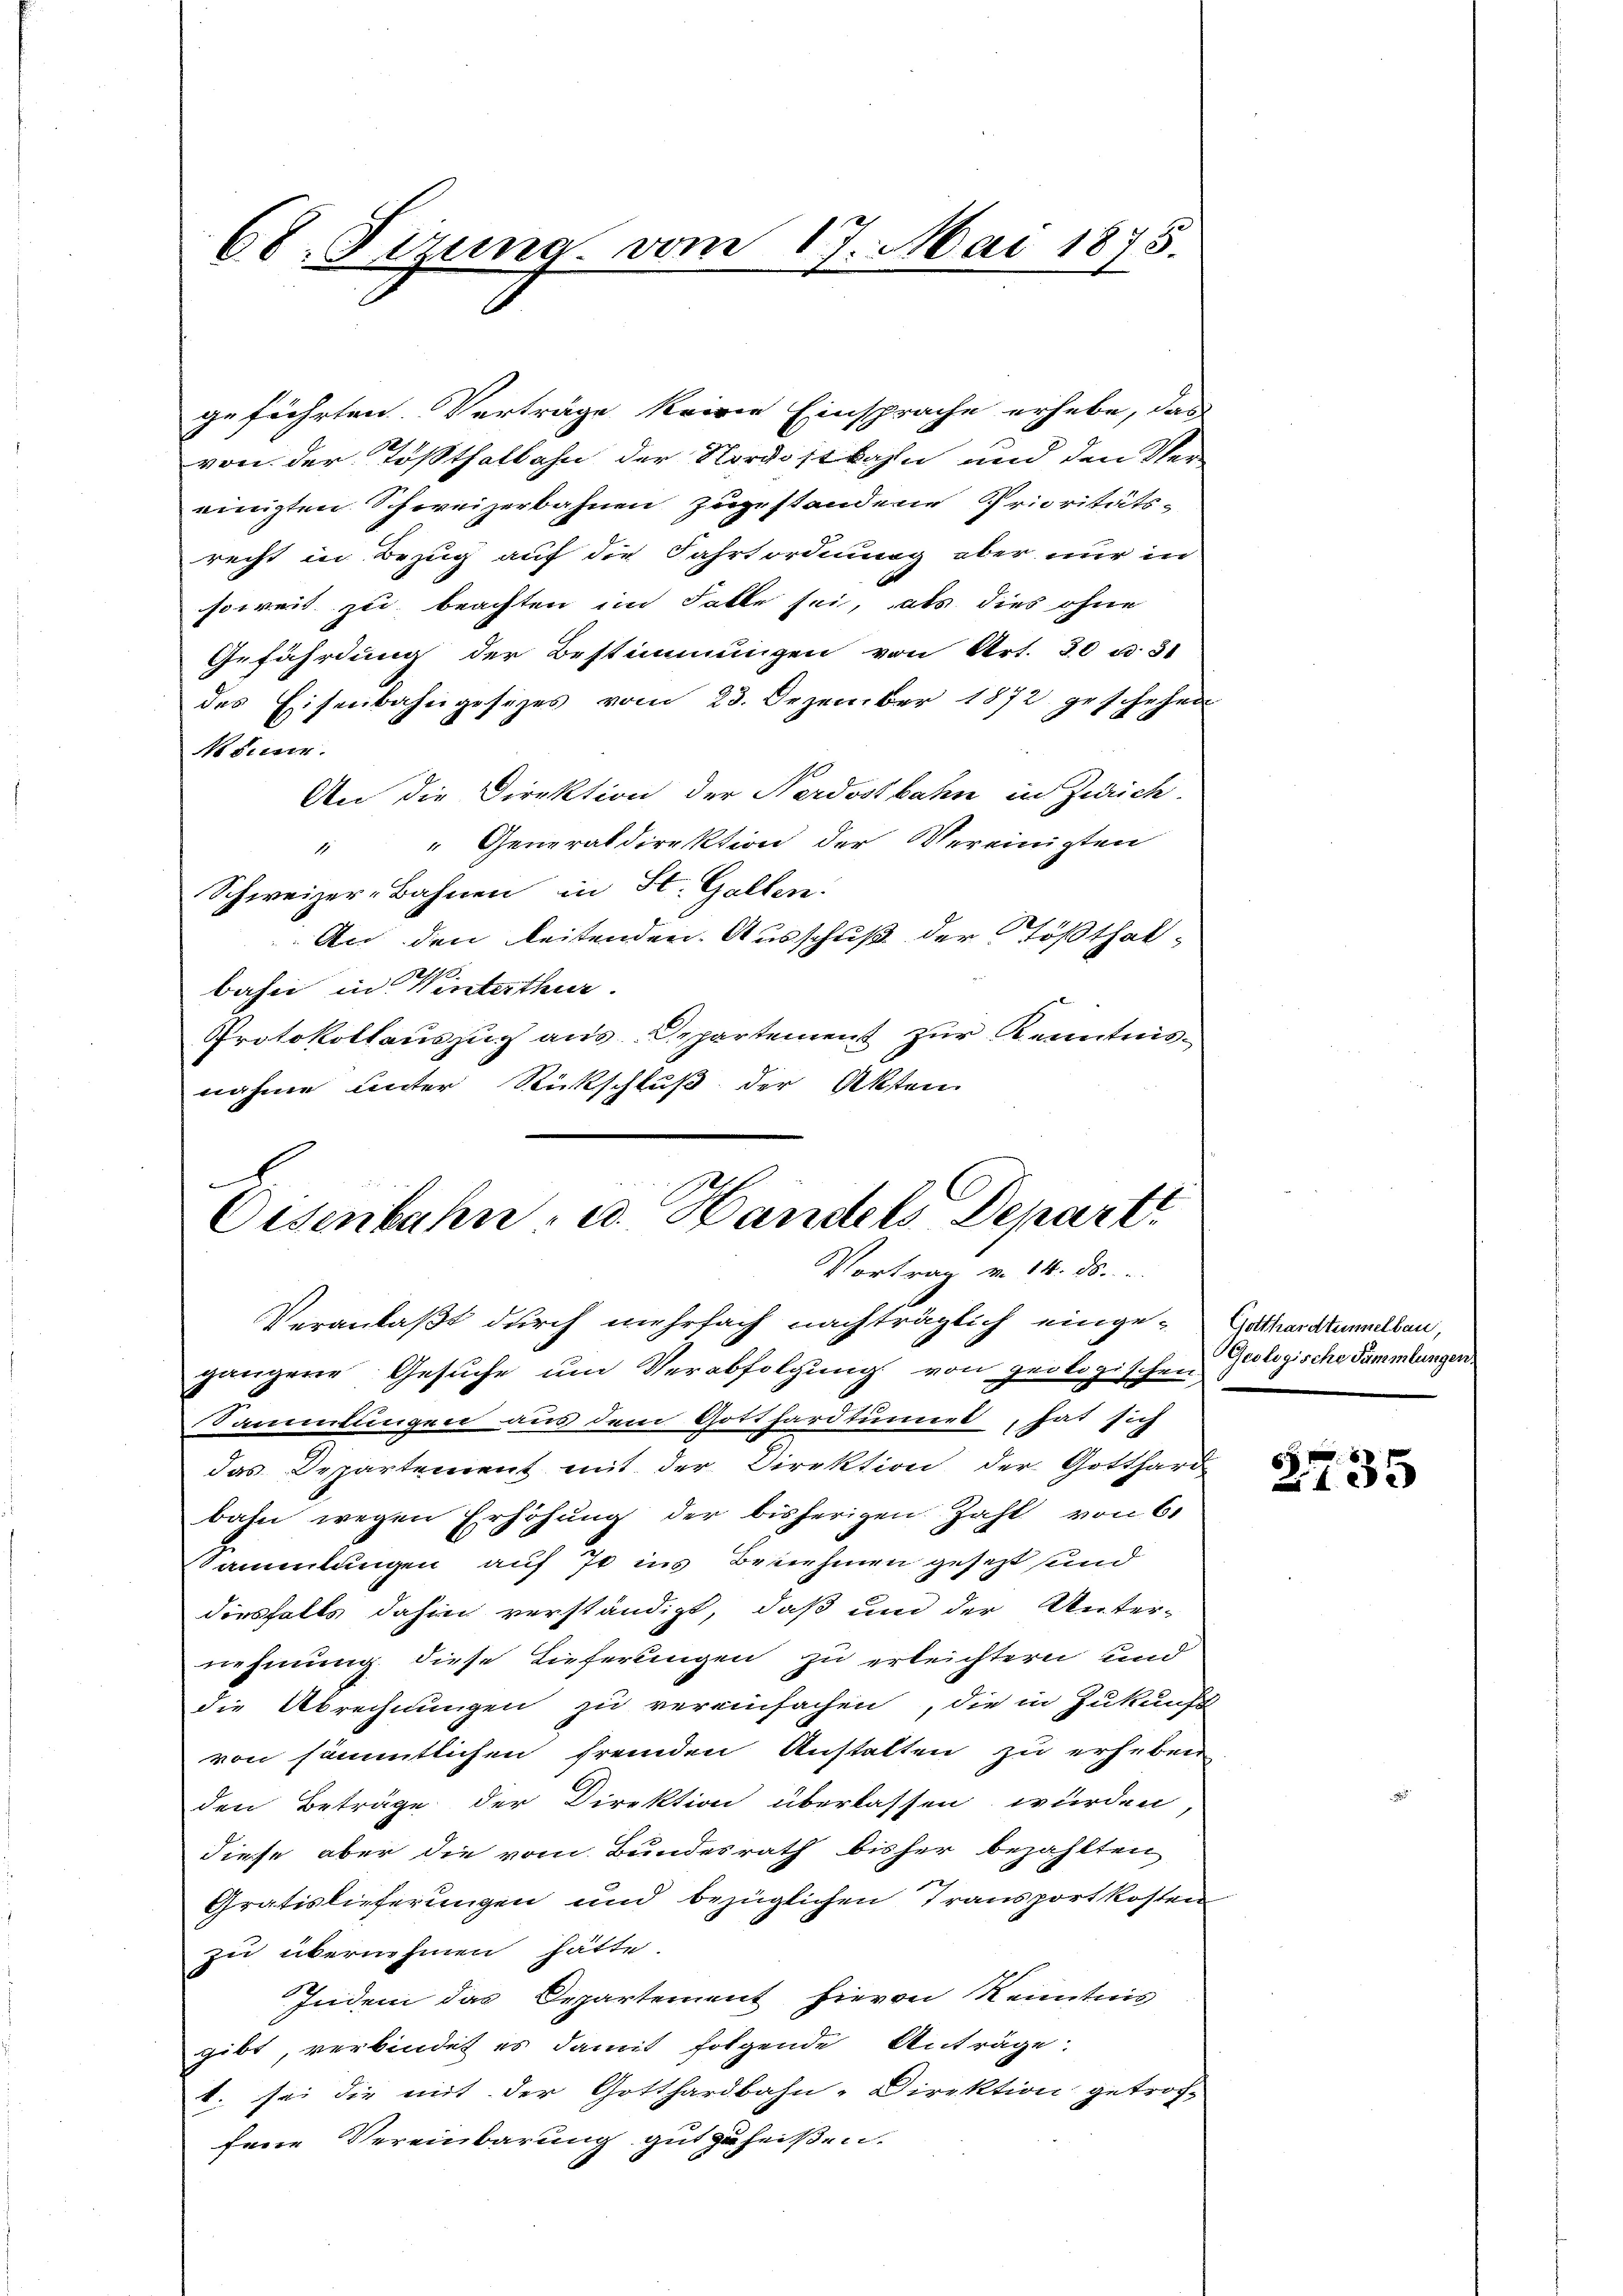
68. Sizung vom 17. Mai 1875.

geführten. Verträge keine Einsprache erhebe, das
von der Tößthalbahn der Nordostbahn und den Vereinigten Schweizerbahnen zugestandene Prioritäts-
recht in Bezug auf die Fahrtordnung aber nur in
soweit zu beachten im Falle sei, als dies ohne
Gefährdung der Bestimmungen von Art. 30 u. 31
des Eisenbahngesezes vom 23. Dezember 1872 geschehen
Nesinn
An die Direktion der Nordostbahn in Zürich.
" " Generaldirektion der Vereinigten
Schweizer-Bahnen in St. Gallen.
An den leitenden. Ausschuß der Tößthalbahn in Winterthur.
Protokollauszug aus Departement zur Kenntnisnahme unter Rückschluß der Akten.

¬
Eisenbahn- u. Handels Depart
Vortrag v. 14. ds.

Veranlaßt durch mehrfach nachträglich einge-Cathardtummelbau,
gangene Gesuche um Verabfolgung von geologischen
Sammlungen aus dem Gotthardtunes, hat sich
das Departement mit der Direktion der Gotthard
bahn wegen Erhöhung der bisherigen Zahl von 6.
Sammlungen auf 70 ins Benehmen gesezt sind
diesfalls dahin verständigt, daß und der Unter-
nehmung diese Tieferungen zu erleichtern und
die Abrechnungen zu vereinfachen, die in Zukunft
von sämmtlichen fremden Anstalten zu erheben
den Beträge der Direktion überlassen würden
diese aber die vom Bundesrath bisher bezahlten
Gratislieferungen und bezüglichen Transportkosten
zu übernehmen hätte.
Indem das Departement hievon Kenntnis
gibt, verbindet es damit folgende Anträge:
t. sei die mit der Gotthardbahn-Direktion getroch-
fene Vereinbarung gut zu heißen.

Geologische Sammlungen.

6
435